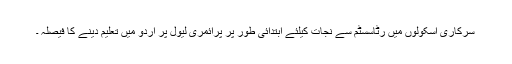
سرکاری اسکولوں میں رٹاسسٹم سے نجات کیلئے ابتدائی طور پر پرائمری لیول پر اردو میں تعلیم دینے کا فیصلہ ۔